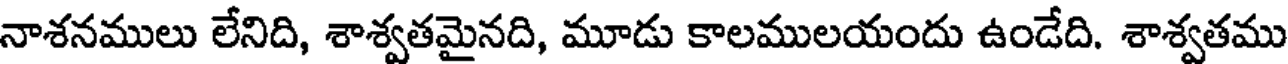
నాశనములు లేనిది, శాశ్వతమైనది, మూడు కాలములయందు ఉండేది. శాశ్వతము